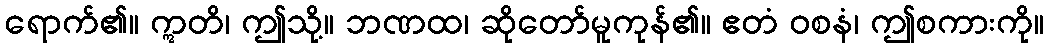
ရောက်၏။ ဣတိ၊ ဤသို့။ ဘဏထ၊ ဆိုတော်မူကုန်၏။ ဧတံ ဝစနံ၊ ဤစကားကို။